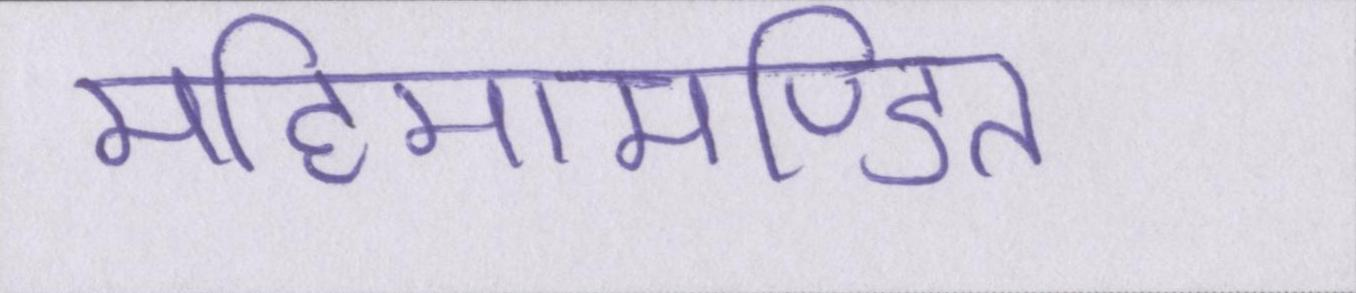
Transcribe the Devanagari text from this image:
महिमामण्डित